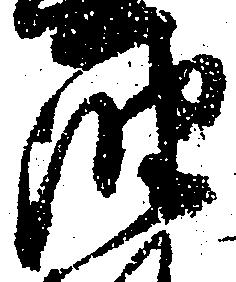
油